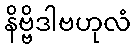
နိဗ္ဗိဒါဗဟုလံ